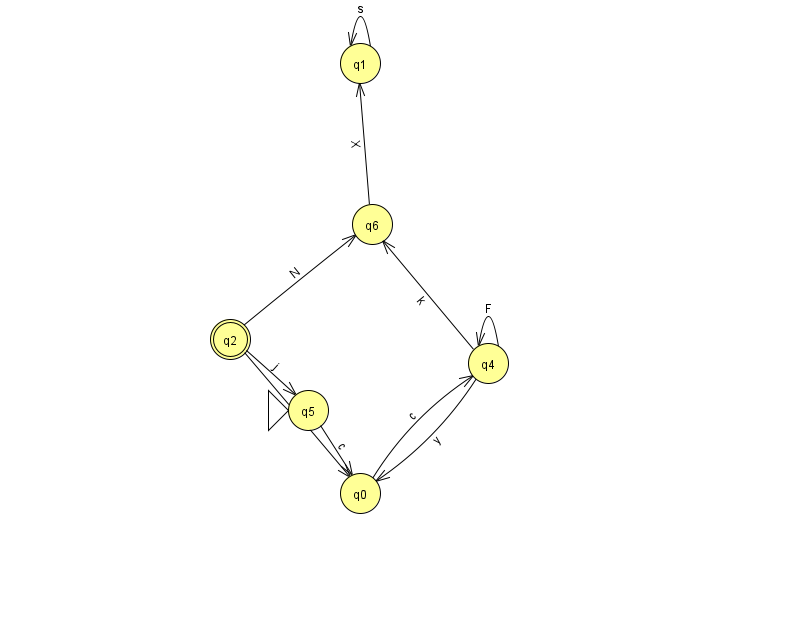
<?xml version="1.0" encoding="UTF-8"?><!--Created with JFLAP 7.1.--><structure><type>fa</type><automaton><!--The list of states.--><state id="0" name="q0"><x>360.0</x><y>480.0</y></state><state id="1" name="q1"><x>360.0</x><y>50.0</y></state><state id="2" name="q2"><x>230.0</x><y>326.0</y><final/></state><state id="4" name="q4"><x>488.0</x><y>350.0</y></state><state id="5" name="q5"><x>308.0</x><y>397.0</y><initial/></state><state id="6" name="q6"><x>372.0</x><y>211.0</y></state><!--The list of transitions.--><transition><from>4</from><to>0</to><read>y</read></transition><transition><from>1</from><to>1</to><read>s</read></transition><transition><from>4</from><to>4</to><read>F</read></transition><transition><from>4</from><to>6</to><read>k</read></transition><transition><from>5</from><to>0</to><read>c</read></transition><transition><from>0</from><to>4</to><read>c</read></transition><transition><from>6</from><to>1</to><read>X</read></transition><transition><from>2</from><to>0</to><read>o</read></transition><transition><from>2</from><to>5</to><read>j</read></transition><transition><from>2</from><to>6</to><read>N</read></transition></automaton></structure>